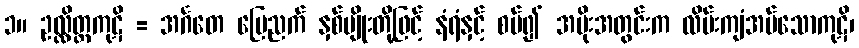
၁။ ဥလ္လိတ္တကုဋိ = အင်္ဂတေ မြေညက် နှစ်မျိုးတို့ဖြင့် နံရံနှင့် စပ်၍ အမိုးအတွင်းက လိမ်းကျံအပ်သောကုဋိ၊